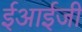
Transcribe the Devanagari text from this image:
ईआईजी